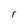
Character: r